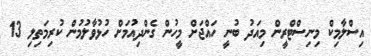
އިސްލާމިކް މިނިސްޓްރީން މިއަދު ބުނީ ހައްޖަށް މީހުން ގެންދިއުމަށް ހުޅުވާލުމުން ކުރިމަތިލި 13